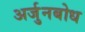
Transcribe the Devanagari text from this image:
अर्जुनबोध